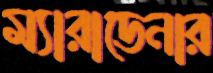
ম্যারাডেনার